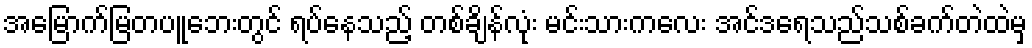
အမြောက်မြတပူဘေးတွင် ရပ်နေသည့် တစ်ချိန်လုံး မင်းသားကလေး အင်ဒရေသည်သစ်ခက်တဲထဲမှ